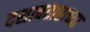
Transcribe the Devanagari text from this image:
दशावताराच्या